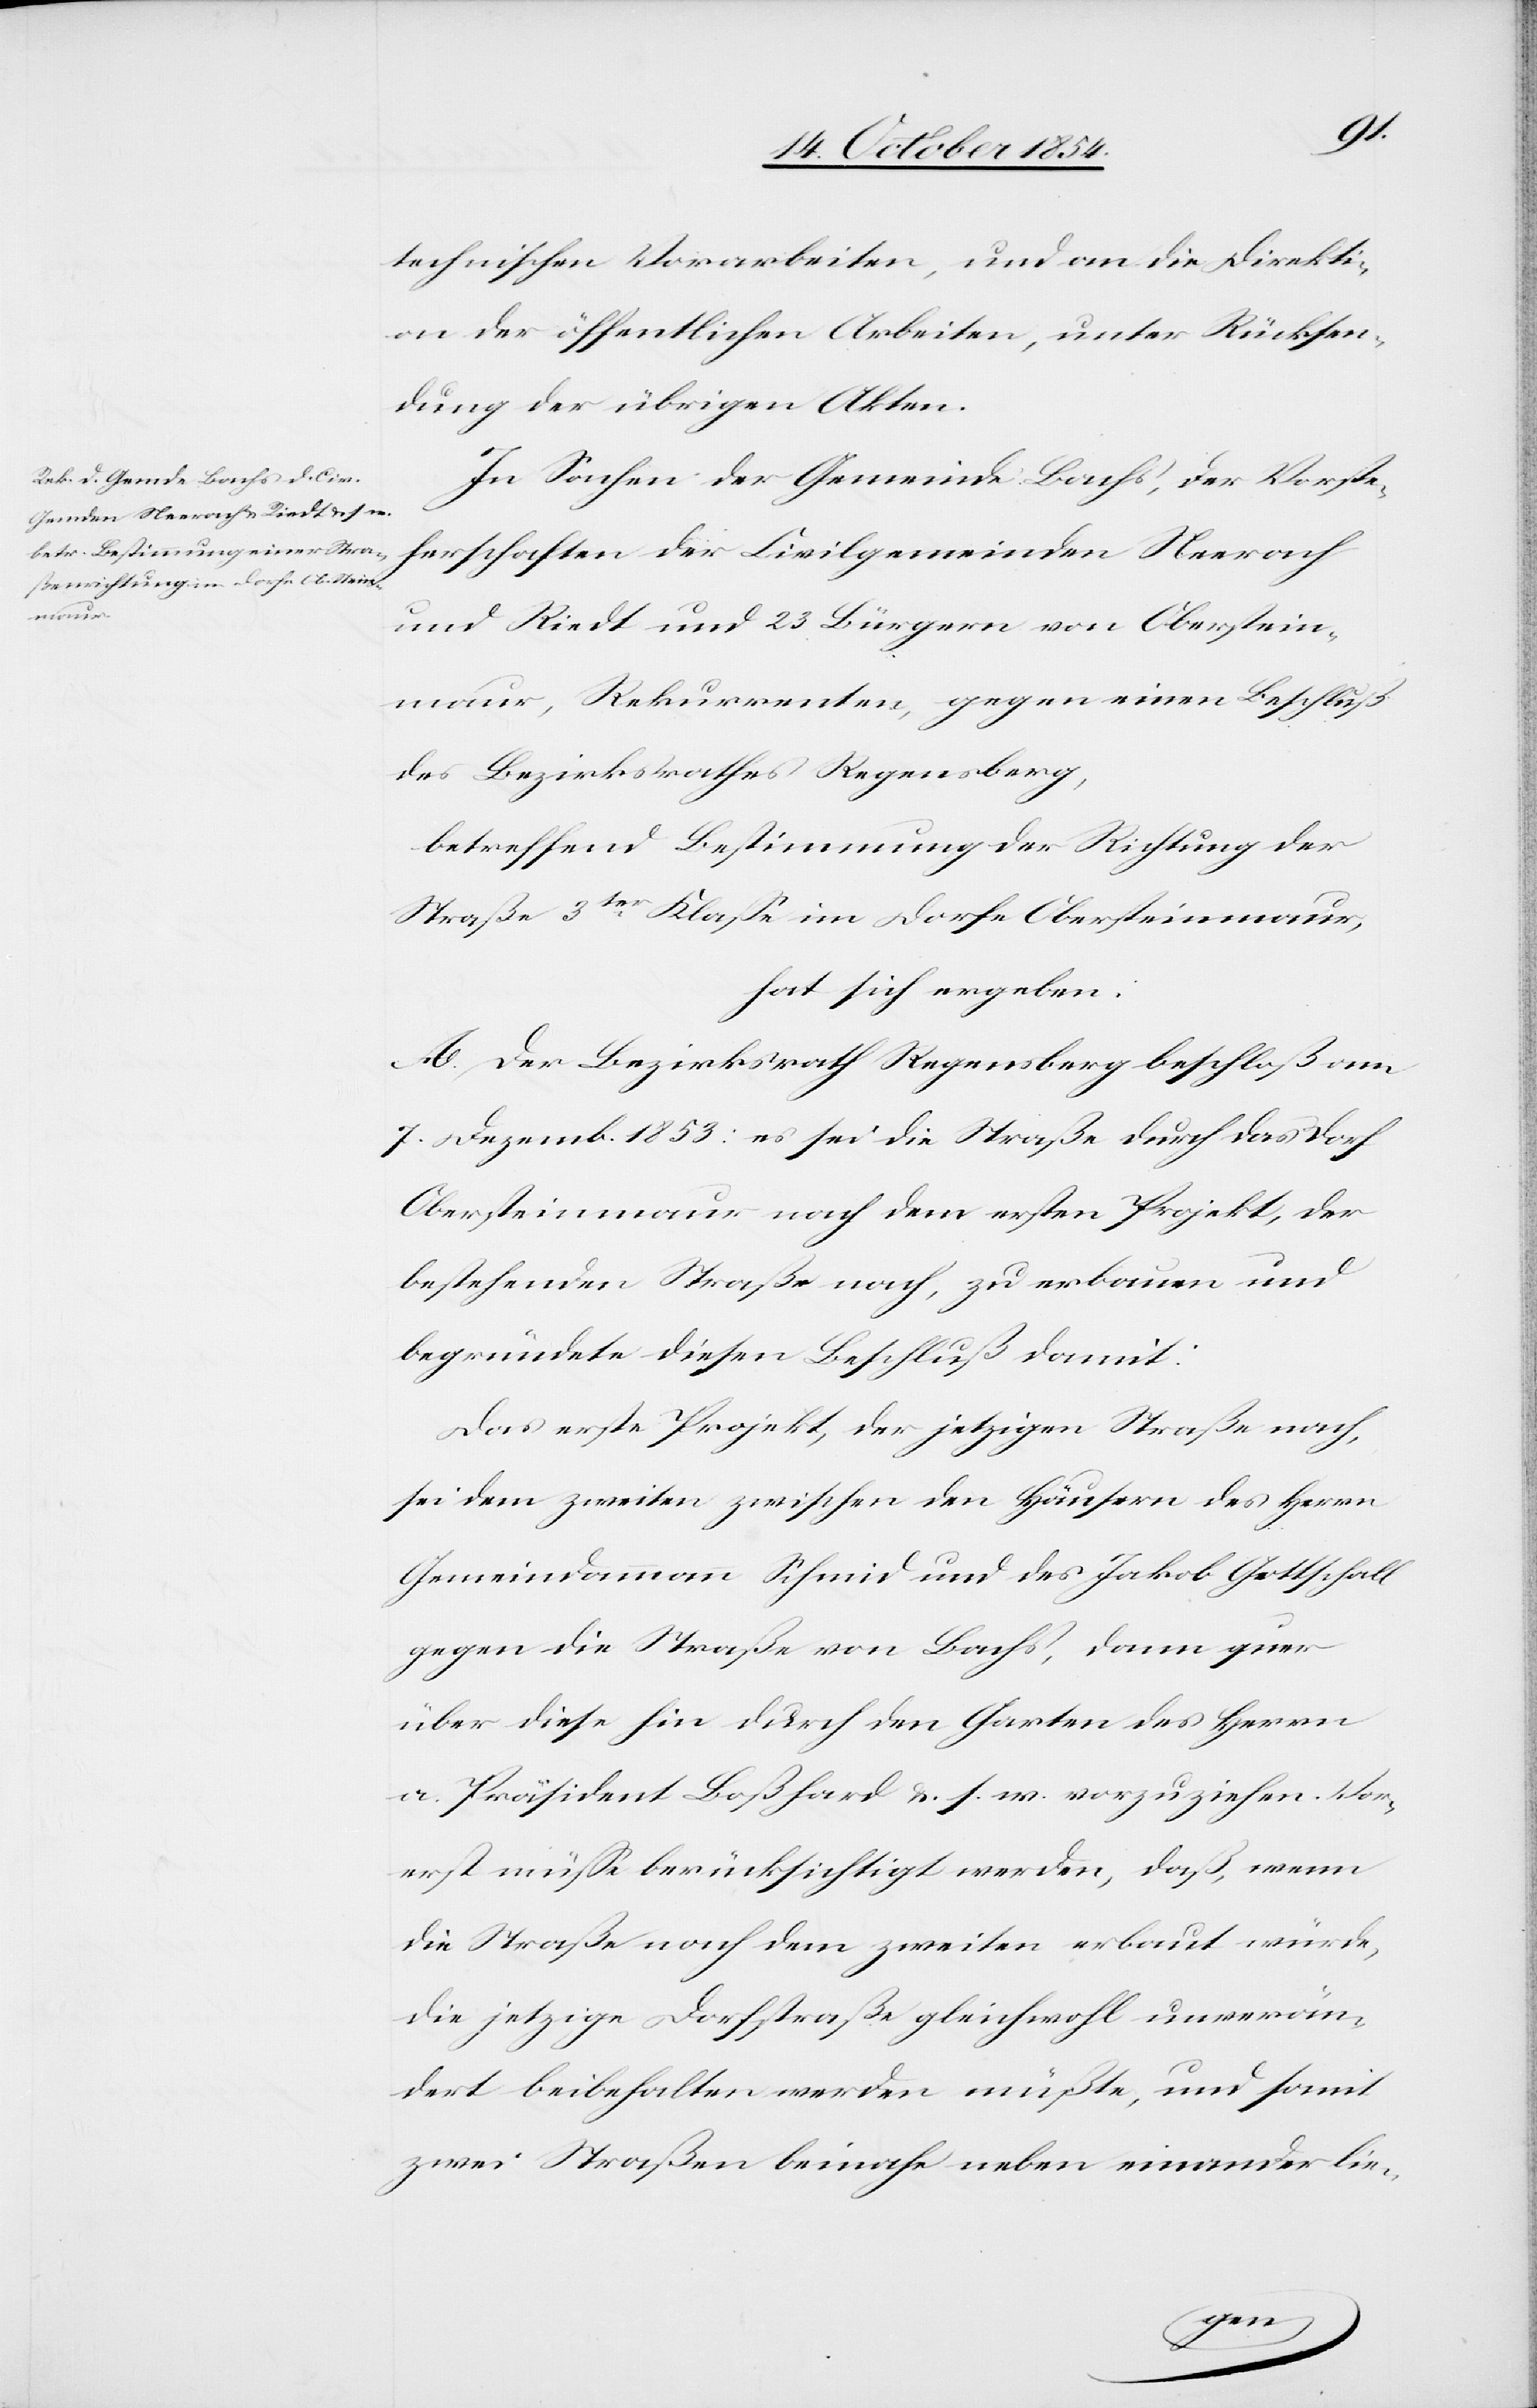
technischen Vorarbeiten, und an die Direkti¬
on der öffentlichen Arbeiten, unter Rücksen¬
dung der übrigen Akten.
In Sachen der Gemeinde Bachs, der Vorste¬
herschaften der Civilgemeinden Neerach
und Riedt und 23 Bürgern von Oberstein¬
maur, Rekurrenten, gegen einen Beschluß
des Bezirksrathes Regensberg,
betreffend Bestimmung der Richtung der
Straße 3ter Klaße im Dorfe Obersteinmaur,
hat sich ergeben:
A. Der Bezirksrath Regensberg beschloß am
7. Dezemb. 1853: es sei die Straße durch das Dorf
Obersteinmaur nach dem ersten Projekt, der
bestehenden Straße nach, zu erbauen und
begründete diesen Beschluß damit:
Das erste Projekt, der jetzigen Straße nach,
sei dem zweiten zwischen den Häusern des Herrn
Gemeindammann Schmid und des Jakob Gottschall
gegen die Straße nach Bachs, dann quer
über diese hin durch den Garten des Herrn
a. Präsident Boßhard u. s. w. vorzuziehen. Vor¬
erst müße berücksichtigt werden, daß, wenn
die Straße nach dem zweiten erbaut würde,
die jetzige Dorfstraße gleichwohl unverän¬
dert beibehalten werden müßte, und somit
zwei Straßen beinahe neben einander lie-